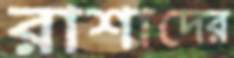
রাশাদের